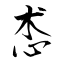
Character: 怸